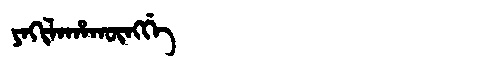
Manchu: ᠶᠠᡴᡳᠯᠠᡥᠠᡴᡡᠩᡤᡝ
Romanization: YAKILAHAKŪNGGE